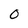
Character: 0